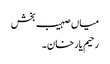
میاں صہیب بخش
رحیم یار خان۔